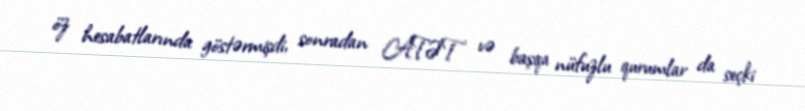
öz hesabatlarında göstərmişdi, sonradan ATƏT və başqa nüfuzlu qurumlar da seçki